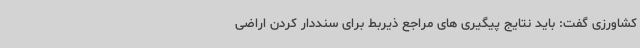
کشاورزی گفت: باید نتایج پیگیری های مراجع ذیربط برای سنددار کردن اراضی